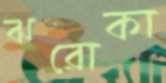
ঝরোকা